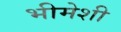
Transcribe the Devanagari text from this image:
भीमेशी